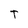
Character: T